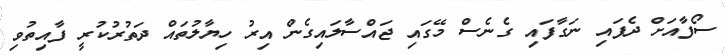
ސޯފާއަށް ދެފައި ނަގާފައި ގެނެސް މޭގައި ޖައްސާލައިގެން އިރު ހިޔާލުތައް ދަތުރުކުރީ ފާއިތުވި